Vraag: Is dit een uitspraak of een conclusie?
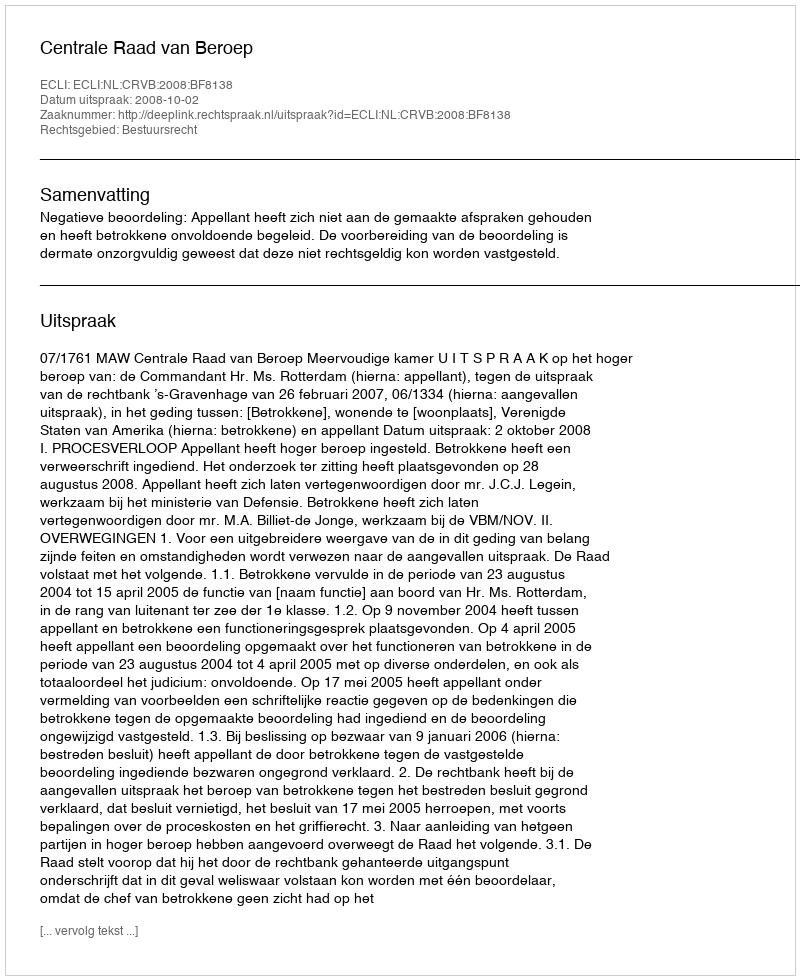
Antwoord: Uitspraak